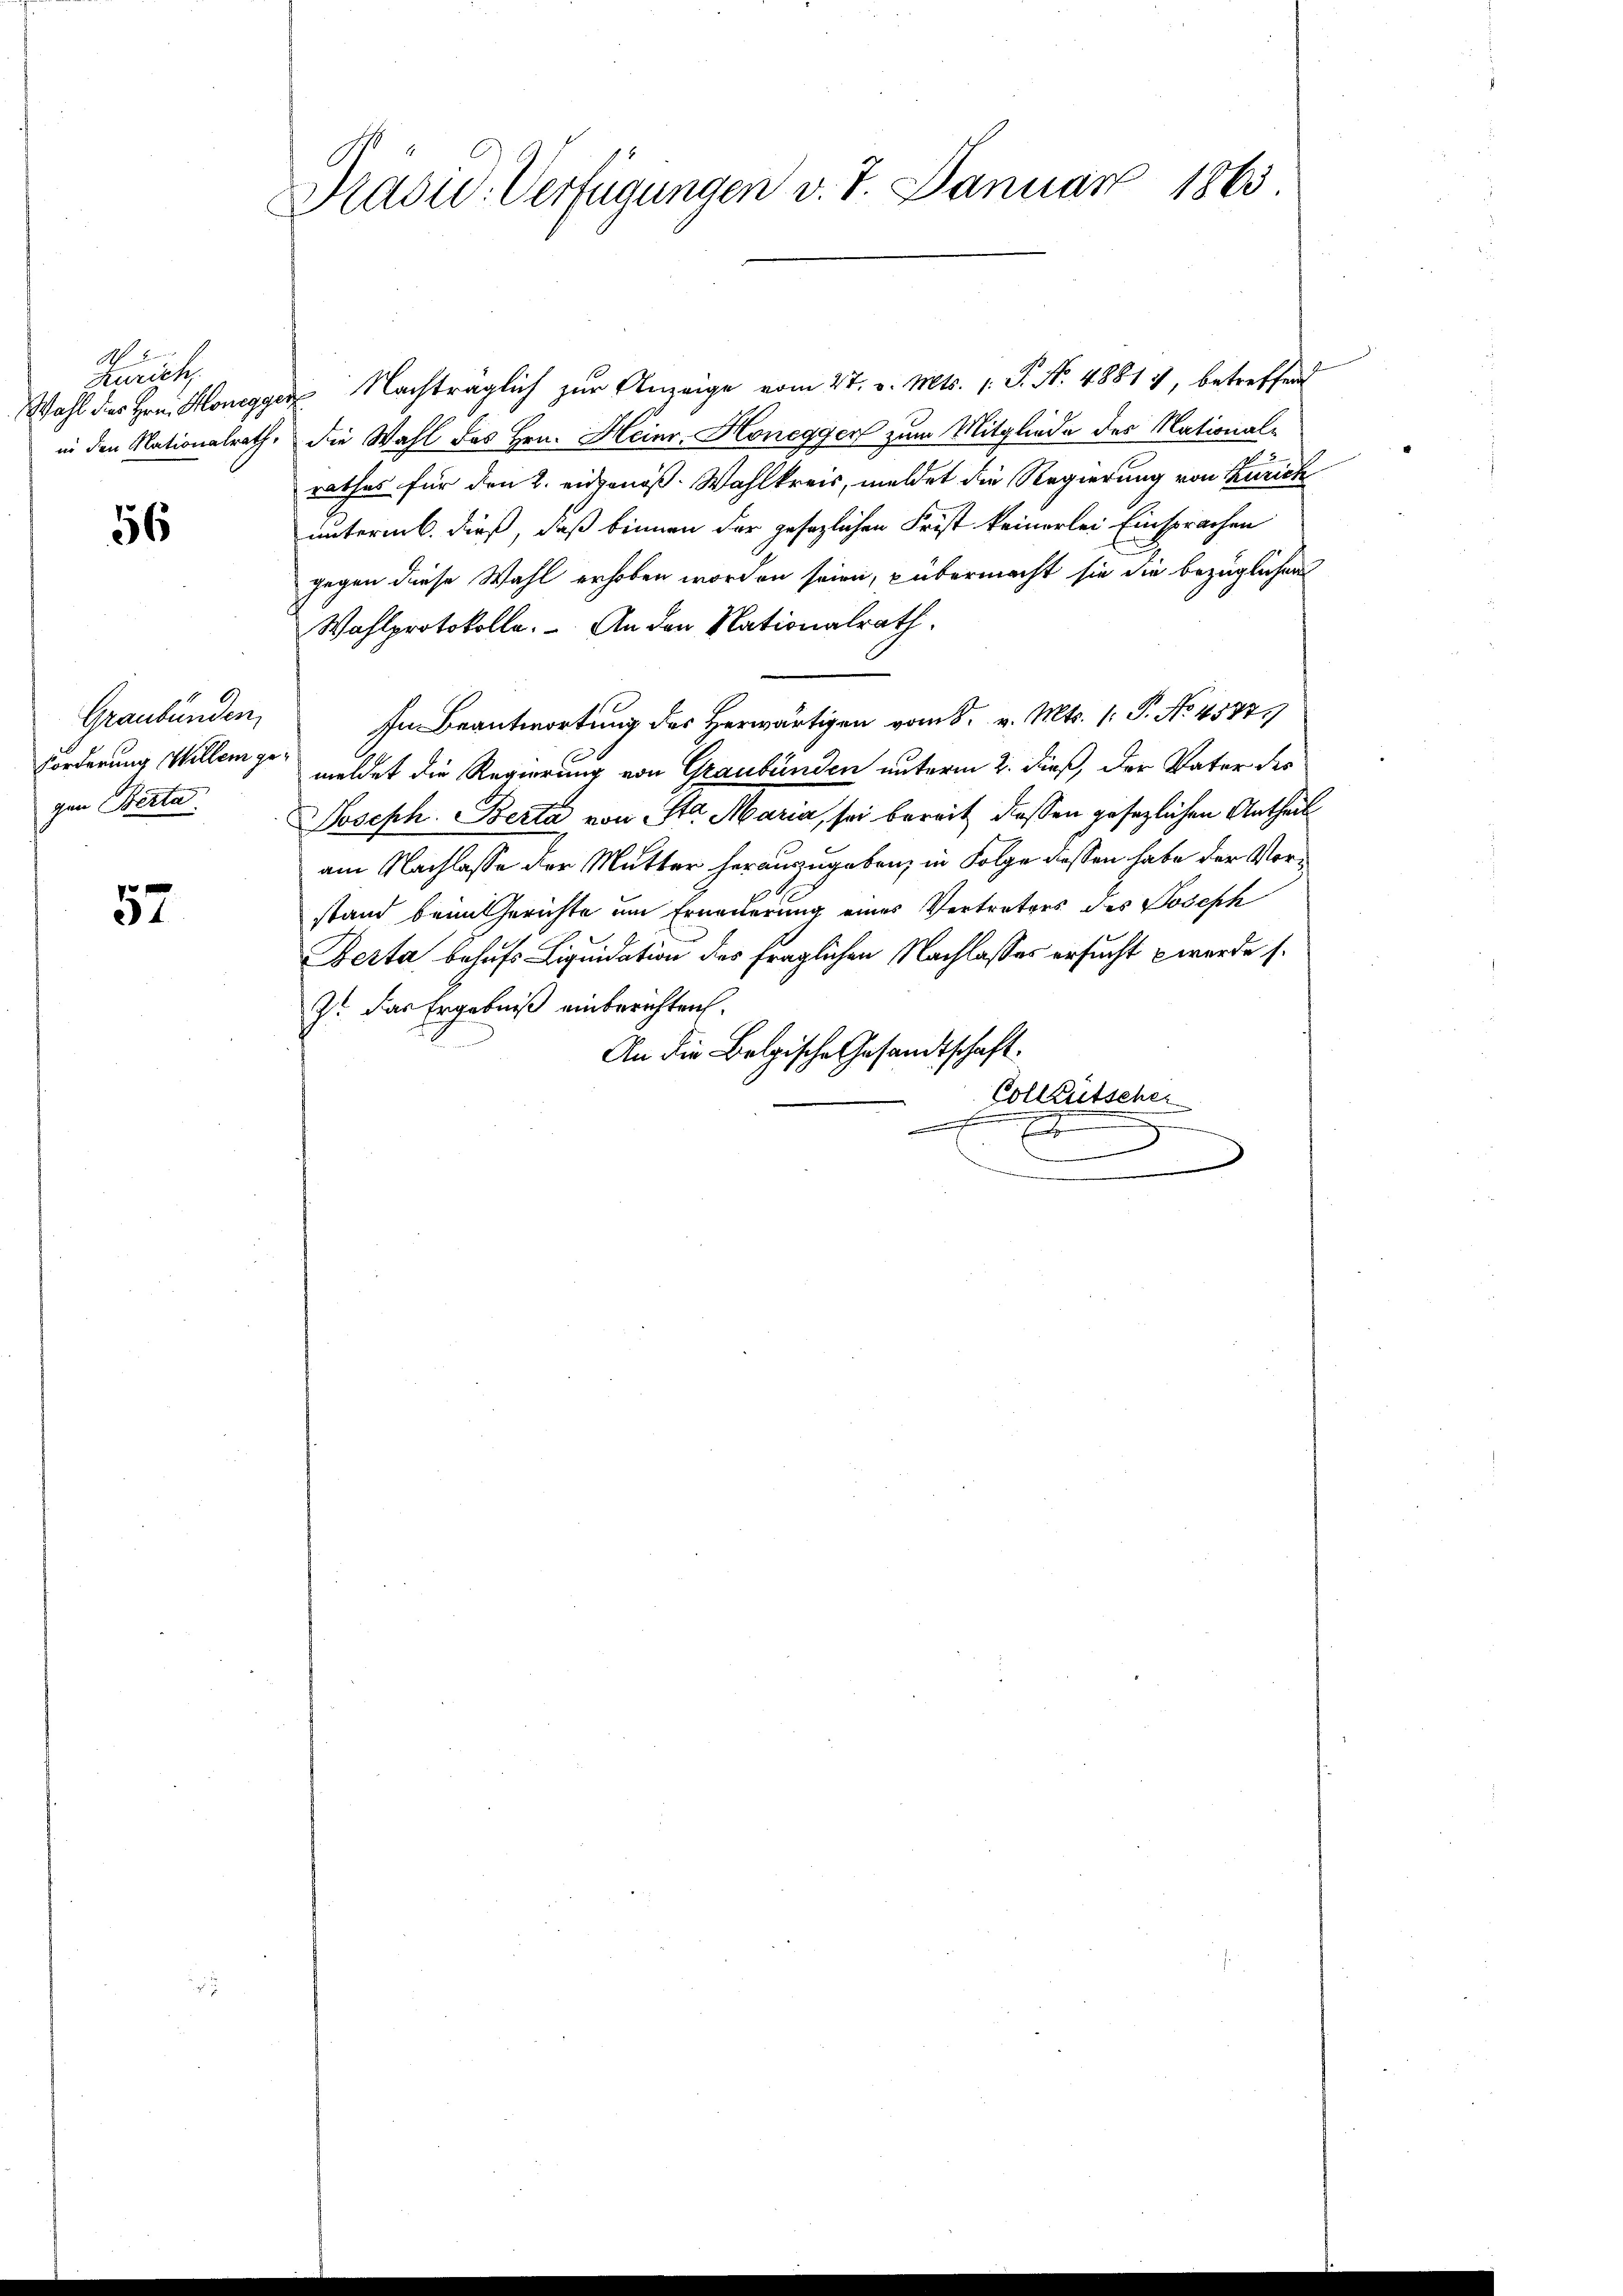
N
Zürich
Wahl des Hrn. Honegge
in den Nationalrath,

56

Graubünden,
Forderung Willem gegen Berta

57

Madu. Verfügungen v. 7. Januar 1865

Nachträglich zur Anzeige vom 27. v. Mts. 1. P. Nr. 48819, betreffend
die Wahl des Hrn. Heinr. Honegger zum Mitgliede des National-
rathes für den 2. eidgenöß. Wahlkreis, meldet die Regierung von Zürich
unterm 6. dieß, daß binnen der gesezlichen Frist keinerlei Einsprachen
gegen diese Wahl erhoben worden seien, übermacht sie die bezüglichen
Wahlprotokolle. An den Nationalrath.
In Beantwortung des Herwärtigen vom 8. v. Mts. 1. P. No. 45771
meldet die Regierung von Graubünden unterm 2. dieß, der Vater des
Joseph. Berta von Sta Maria, sei bereit dessen gesezlichen Antheil
am Nachlasse der Mutter herauszugeben, in Folge dessen habe der Vorstand beim Gerichte um Erneuerung eines Vertreters des Joseph
Berta behufs Liquidation des fraglichen Nachlasses ersucht werde s.
zt das Ergebniß einberichten.
An die Belgische Gesandtschaft.
Colleutscher
E